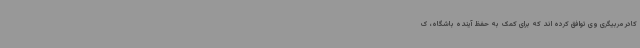
کادر مربیگری وی توافق کرده اند که برای کمک به حفظ آینده باشگاه، ک